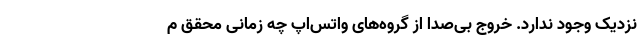
نزدیک وجود ندارد. خروج بی‌صدا از گروه‌های واتس‌اپ چه زمانی محقق م